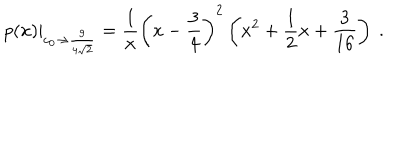
p ( x ) | _ { c _ { 0 } \to { \frac { 9 } { 4 \sqrt { 2 } } } } = { \frac { 1 } { x } } \left( x - { \frac { 3 } { 4 } } \right) ^ { 2 } \left( x ^ { 2 } + { \frac { 1 } { 2 } } x + { \frac { 3 } { 1 6 } } \right) \ .